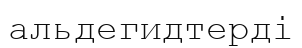
альдегидтерді